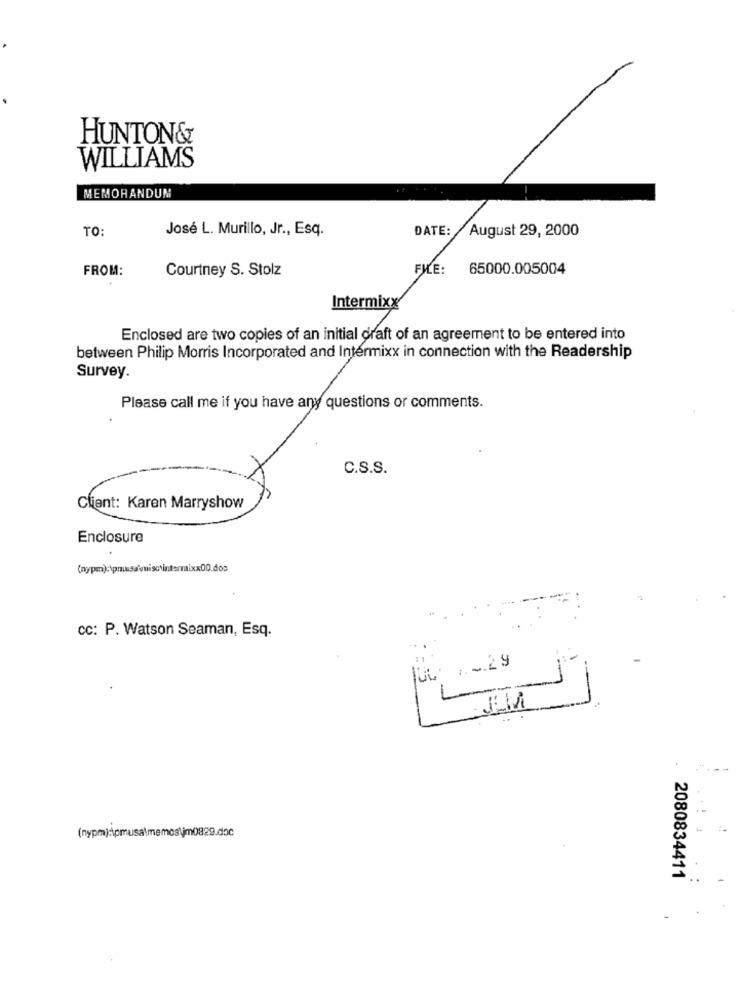
HUNTON&
WILLIAMS
MEMORANDUM
TO:
José L. Murillo, Jr ., Esq.
DATE:
August 29, 2000
FROM:
Courtney S. Stolz
FILE:
65000.005004
Intermixx
Enclosed are two copies of an initial draft of an agreement to be entered into
between Philip Morris Incorporated and Intermixx in connection with the Readership
Survey.
Please call me if you have any questions or comments.
C.S.S.
Client: Karen Marryshow
Enclosure
cc: P. Watson Seaman, Esq.
(nypm):\pmusa\memos\jm0829.doc
2080834411